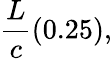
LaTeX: {\frac{L}{c}}(0.25),